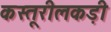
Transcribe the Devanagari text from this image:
कस्तूरीलकड़ी